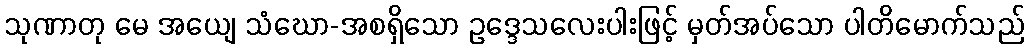
သုဏာတု မေ အယျေ သံဃော-အစရှိသော ဥဒ္ဒေသလေးပါးဖြင့် မှတ်အပ်သော ပါတိမောက်သည်